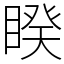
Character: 睽